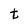
Character: t